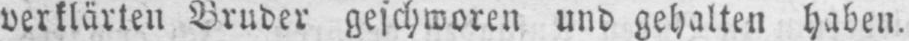
verklärten Bruder geschworen und gehalten haben.